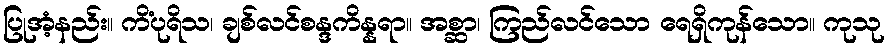
ပြုအံ့နည်း။ ကိံပုရိသ၊ ချစ်လင်စန္ဒကိန္နရာ။ အစ္ဆာ၊ ကြည်လင်သော ရေရှိကုန်သော။ ကုသု